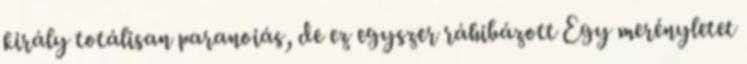
király totálisan paranoiás, de ez egyszer ráhibázott Egy merényletet